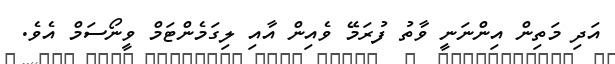
އަދި މަތިން އިންނަނީ ވާތު ފުރަމޭ ވެއިން އާއި ލިގަމެންޓަމް ވީނޯސަމް އެވެ.